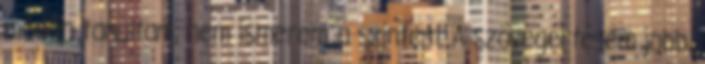
módon tanultam, nem ismerem a szintem. A szövegértésem jobb,